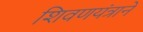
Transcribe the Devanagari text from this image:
शिवणयंत्राने